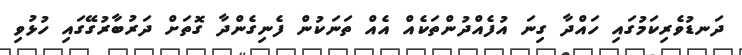
ދަނޑުވެރިކަމުގައި ހައްދާ ގިނަ އުފެއްދުންތަކެއް އެއް ތަނަކުން ފެނިގެންދާ ގޮތަށް ދަރުބާރުގޭގައި ހުޅުވި